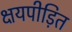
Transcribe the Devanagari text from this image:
क्षयपीड़ित